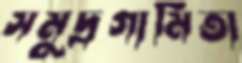
সমুদ্রগামিতা